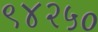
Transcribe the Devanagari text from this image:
९४२५०